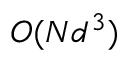
O ( N d ^ { 3 } )